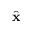
\hat { \bf x }